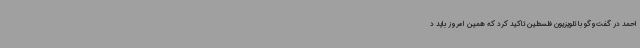
احمد در گفت‌وگو با تلویزیون فلسطین تاکید کرد که همین امروز باید د